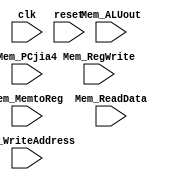
`timescale 1ns / 1ps
module MEM_WB(
input wire clk,
input wire reset,
input wire Mem_RegWrite,
input wire [1:0] Mem_MemtoReg,
input wire [31:0] Mem_ReadData,
input wire [4:0] Mem_WriteAddress,
input wire [31:0] Mem_ALUout,
input wire [31:0] Mem_PCjia4
    );
    reg RegWrite;
    reg [1:0] MemtoReg;
    reg [31:0] ReadData;
    reg [4:0] WriteAddress;
    reg [31:0] ALUout;
    reg [31:0] PCjia4;
    initial begin
    RegWrite<=0;
    MemtoReg<=0;
    ReadData<=0;
    WriteAddress<=0;
    ALUout<=0;
    PCjia4<=0;
    end
    always@(posedge clk or posedge reset)begin
    if(reset)begin
        RegWrite<=0;
        MemtoReg<=0;
        ReadData<=0;
        WriteAddress<=0;
        ALUout<=0;
        PCjia4<=0;
    end
    else begin
        RegWrite<=Mem_RegWrite;
        MemtoReg<=Mem_MemtoReg;
        ReadData<=Mem_ReadData;
        WriteAddress<=Mem_WriteAddress;
        ALUout<=Mem_ALUout;
        PCjia4<=Mem_PCjia4;
    end
    end
endmodule